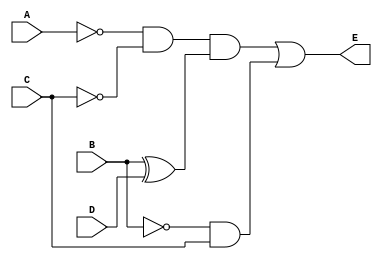
//================================================================--
// Design Unit	: lab2 (behaviour)
//
//
// Purpose	: implement logic diagram from Exp 2
//
// Note		:
//
// Limitations	:
//
// Errors	: none known
//
// Library 	: none
//
// Dependences	: none
//
//
// Environmant	: Icarus
//-------------------------------------------------------------------
// Revision List	
// Version	Author	Date	Changes
// 1.0		PW	Sept 10 New version
// 1.1		PW	June 20 2013 review
//================================================================--

module lab2 (E, A, B, C, D); 

   output reg E;
   input wire A, B, C, D;

   always @(A, B, C, D) begin
      // structural logic description (not minimized)
      E <= ((~A & ~C) & (B ^ D)) | (~B & C);
   end

endmodule